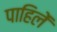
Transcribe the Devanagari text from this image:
पाहिलें